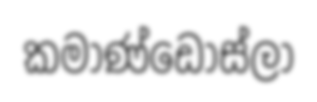
කමාණ්ඩෝස්ලා